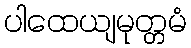
ပါထေယျမုတ္တမံ